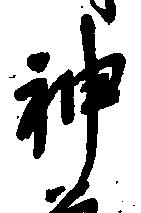
神